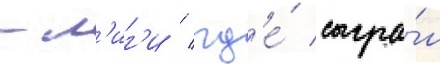
-л'иг'и / гд'е́ сыгра́л